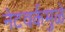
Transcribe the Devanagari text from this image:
नेटवर्कमुळे